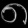
Digit: ၈